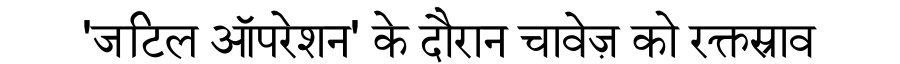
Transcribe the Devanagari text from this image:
'जटिल ऑपरेशन' के दौरान चावेज़ को रक्तस्राव